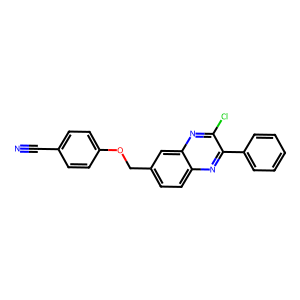
SMILES: N#Cc1ccc(OCc2ccc3nc(-c4ccccc4)c(Cl)nc3c2)cc1
Inhibits HIV replication: No